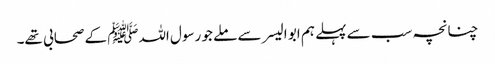
چنانچہ سب سے پہلے ہم ابو الیسر سے ملے جو رسول اللہﷺ کے صحابی تھے۔